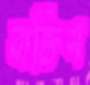
ব্যক্তিস